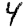
Digit: 4